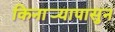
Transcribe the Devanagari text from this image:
किनार्‍यापासुन